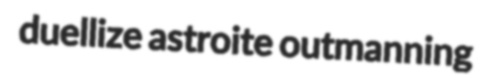
duellize astroite outmanning